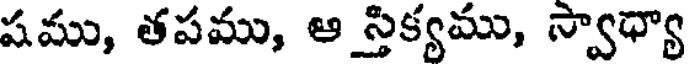
షము, తపము, ఆ స్తిక్యము, స్వాధ్యా